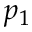
p _ { 1 }